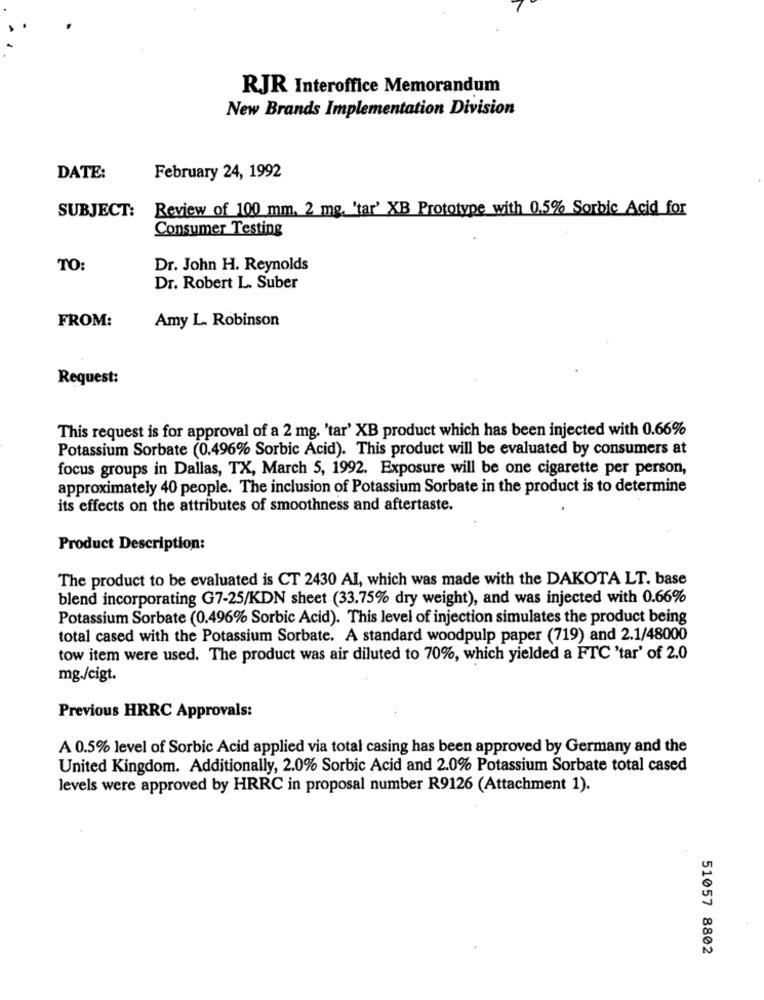
RJR Interoffice Memorandum
New Brands Implementation Division
DATE:
February 24, 1992
Review of 100 mm. 2 mg, 'tar' XB Prototype with 0.5% Sorbic Acid for
SUBJECT:
Consumer Testing
TO:
Dr. John H. Reynolds
Dr. Robert L. Suber
FROM:
Amy L. Robinson
Request:
This request is for approval of a 2 mg. 'tar' XB product which has been injected with 0.66%
Potassium Sorbate (0.496% Sorbic Acid). This product will be evaluated by consumers at
focus groups in Dallas, TX, March 5, 1992. Exposure will be one cigarette per person,
approximately 40 people. The inclusion of Potassium Sorbate in the product is to determine
its effects on the attributes of smoothness and aftertaste.
Product Description:
The product to be evaluated is CT 2430 AI, which was made with the DAKOTA LT. base
blend incorporating G7-25/KDN sheet (33.75% dry weight), and was injected with 0.66%
Potassium Sorbate (0.496% Sorbic Acid). This level of injection simulates the product being
total cased with the Potassium Sorbate. A standard woodpulp paper (719) and 2.1/48000
tow item were used. The product was air diluted to 70%, which yielded a FTC 'tar' of 2.0
mg./cigt.
Previous HRRC Approvals:
A 0.5% level of Sorbic Acid applied via total casing has been approved by Germany and the
United Kingdom. Additionally, 2.0% Sorbic Acid and 2.0% Potassium Sorbate total cased
levels were approved by HRRC in proposal number R9126 (Attachment 1).
Un
00
51057 8802